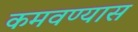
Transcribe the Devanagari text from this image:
कमवण्यास